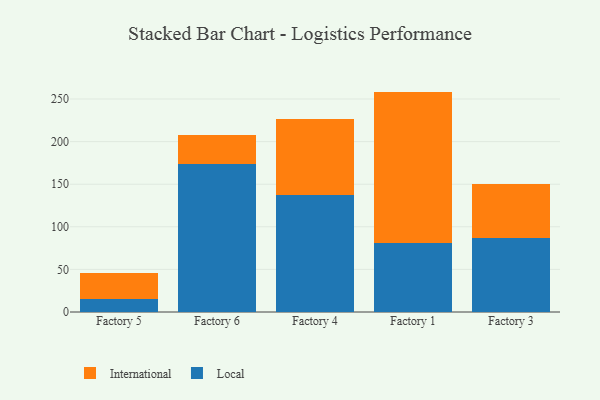
{"axis": {"x": "Factory", "y": "Population (Million)"}, "legend": ["International", "Local"], "data": [{"x": "Factory 5", "y": 14.7, "type": "Local"}, {"x": "Factory 5", "y": 31.6, "type": "International"}, {"x": "Factory 6", "y": 173.9, "type": "Local"}, {"x": "Factory 6", "y": 33.4, "type": "International"}, {"x": "Factory 4", "y": 136.8, "type": "Local"}, {"x": "Factory 4", "y": 89.8, "type": "International"}, {"x": "Factory 1", "y": 80.6, "type": "Local"}, {"x": "Factory 1", "y": 178.1, "type": "International"}, {"x": "Factory 3", "y": 86.3, "type": "Local"}, {"x": "Factory 3", "y": 64.4, "type": "International"}]}